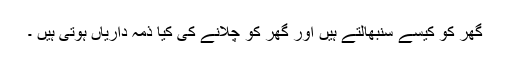
گھر کو کیسے سنبھالتے ہیں اور گھر کو چلانے کی کیا ذمہ داریاں ہوتی ہیں ۔